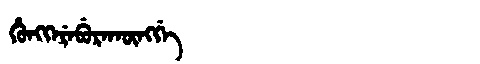
Manchu: ᡥᡠᠩᡴᡝᡵᡝᠪᡠᡵᠠᡴᡡᠩᡤᡝ
Romanization: HUNGKEREBURAKŪNGGE